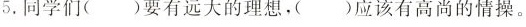
5.同学们()要有远大的理想，()应该有高尚的情操。